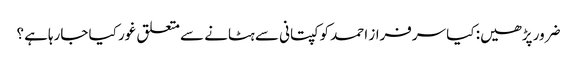
ضرور پڑھیں: کیا سرفراز احمد کو کپتانی سے ہٹانے سے متعلق غور کیا جارہاہے ؟